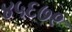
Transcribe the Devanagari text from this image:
४५६७९